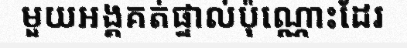
មួយអង្គគត់ផ្ទាល់ប៉ុណ្ណោះដែរ